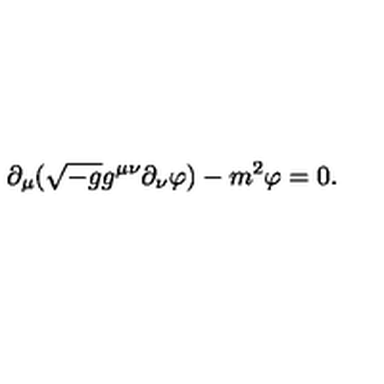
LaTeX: \partial _ { \mu } ( \sqrt { - g } g ^ { \mu \nu } \partial _ { \nu } \varphi ) - m ^ { 2 } \varphi = 0 .